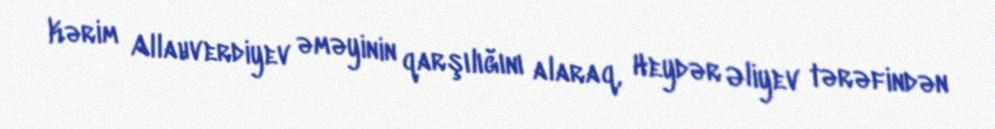
Kərim Allahverdiyev əməyinin qarşılığını alaraq, Heydər Əliyev tərəfindən